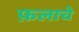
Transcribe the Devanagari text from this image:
फ़लाचे